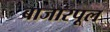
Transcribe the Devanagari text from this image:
बाजारपूल